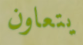
يتعاون